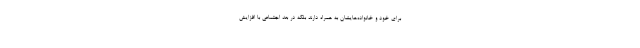
برای خود و خانواده‌هایشان به همراه دارند بلکه در بعد اجتماعی با افزایش